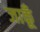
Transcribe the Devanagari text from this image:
जाकूँ